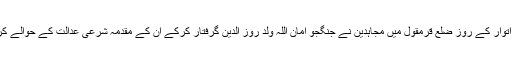
اور اتوار کے روز ضلع قرمقول میں مجاہدین نے جنگجو امان اللہ ولد روز الدین گرفتار کرکے ان کے مقدمہ شرعی عدالت کے حوالے کردیا۔